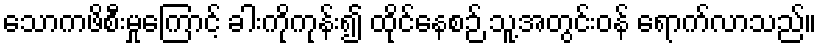
သောကဖိစီးမှုကြောင့် ခါးကိုကုန်း၍ ထိုင်နေစဉ် သူ့အတွင်းဝန် ရောက်လာသည်။